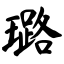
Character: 璐